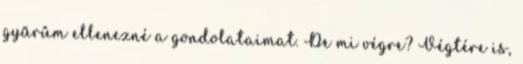
gyűrűm ellenezné a gondolataimat. De mi végre? Végtére is,